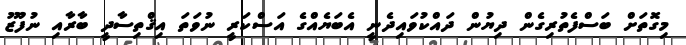
މިގޮތަށް ބަސްފެތުރިގެން ދިޔުން ދައްކުވައިދެނީ އެބަޔެއްގެ އަސްކަރީ ނުވަތަ އިޤްތިސާދީ ބާރާއި ނުފޫޒު